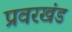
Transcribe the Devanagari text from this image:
प्रवरखंड